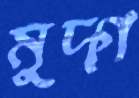
মুদ্গ